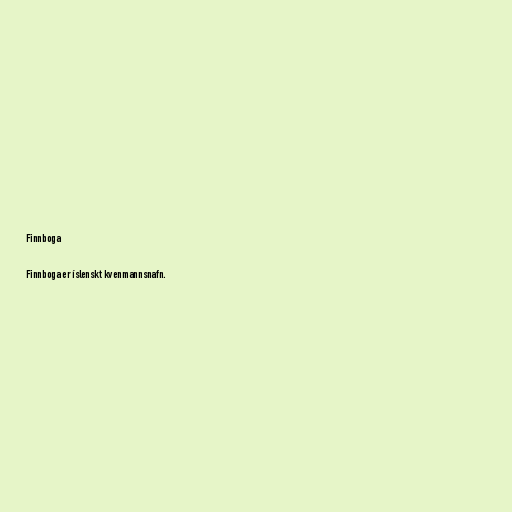
Finnboga

Finnboga er íslenskt kvenmannsnafn.